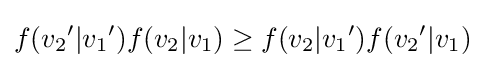
f({{v}_{2}}^{\prime }|{{v}_{1}}^{\prime })f({{v}_{2}}|{{v}_{1}})\geq f({{v}_{2}}|{{v}_{1}}^{\prime })f({{v}_{2}}^{\prime }|{{v}_{1}})